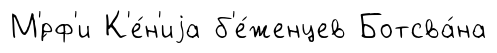
М'́рф'и К'е́н'иjа б'е́женцев Ботсва́на